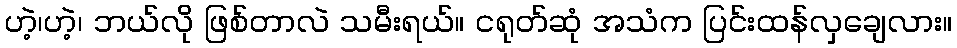
ဟဲ့၊ဟဲ့၊ ဘယ်လို ဖြစ်တာလဲ သမီးရယ်။ ငရုတ်ဆုံ အသံက ပြင်းထန်လှချေလား။